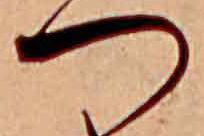
つ